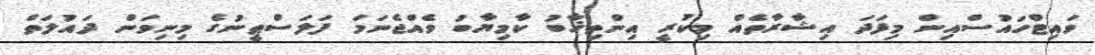
ވައިޓްހައުސްއިން މިފަދަ އިޝާރާތެއް މިކުރީ އިންތިޚާބު ކާމިޔާބު ވެއްޖެނަމަ ފަލަސްޠީނުގެ މިނިވަން ދައުލަތް